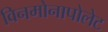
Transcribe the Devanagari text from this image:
विनमोनापोलेट